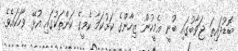
ބޮޑުދައިތަ ޖަވާބުގައި ބުނީ އެމީހުން ޒިހާންގެ ކަށުކަމާ ކެމީގެ ކަންތަކުގައި އުޅޭ ވާހަކައެވެ.